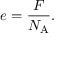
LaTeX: e = { \frac { F } { N _ { \mathrm { A } } } } .